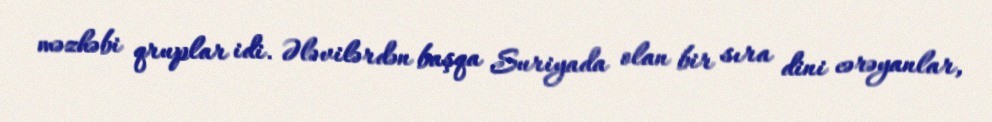
məzhəbi qruplar idi. Ələvilərdən başqa Suriyada olan bir sıra dini cərəyanlar,